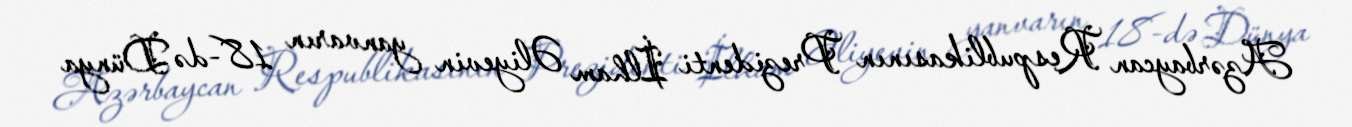
Azərbaycan Respublikasının Prezidenti İlham Əliyevin yanvarın 18-də Dünya